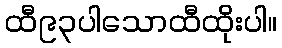
ထီ၉၃ပါသောထီထိုးပါ။